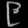
Digit: ၉